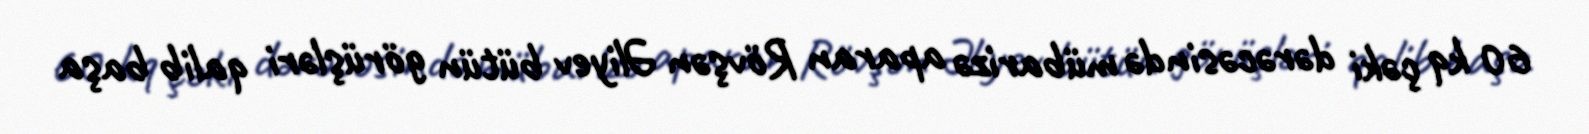
60 kq çəki dərəcəsində mübarizə aparan Rövşən Əliyev bütün görüşləri qalib başa